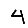
Digit: 4